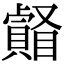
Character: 𥌄